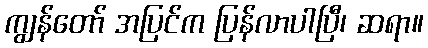
ကျွန်တော် အပြင်က ပြန်လာပါပြီ၊ ဆရာ။